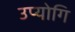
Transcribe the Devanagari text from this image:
उप्योगि